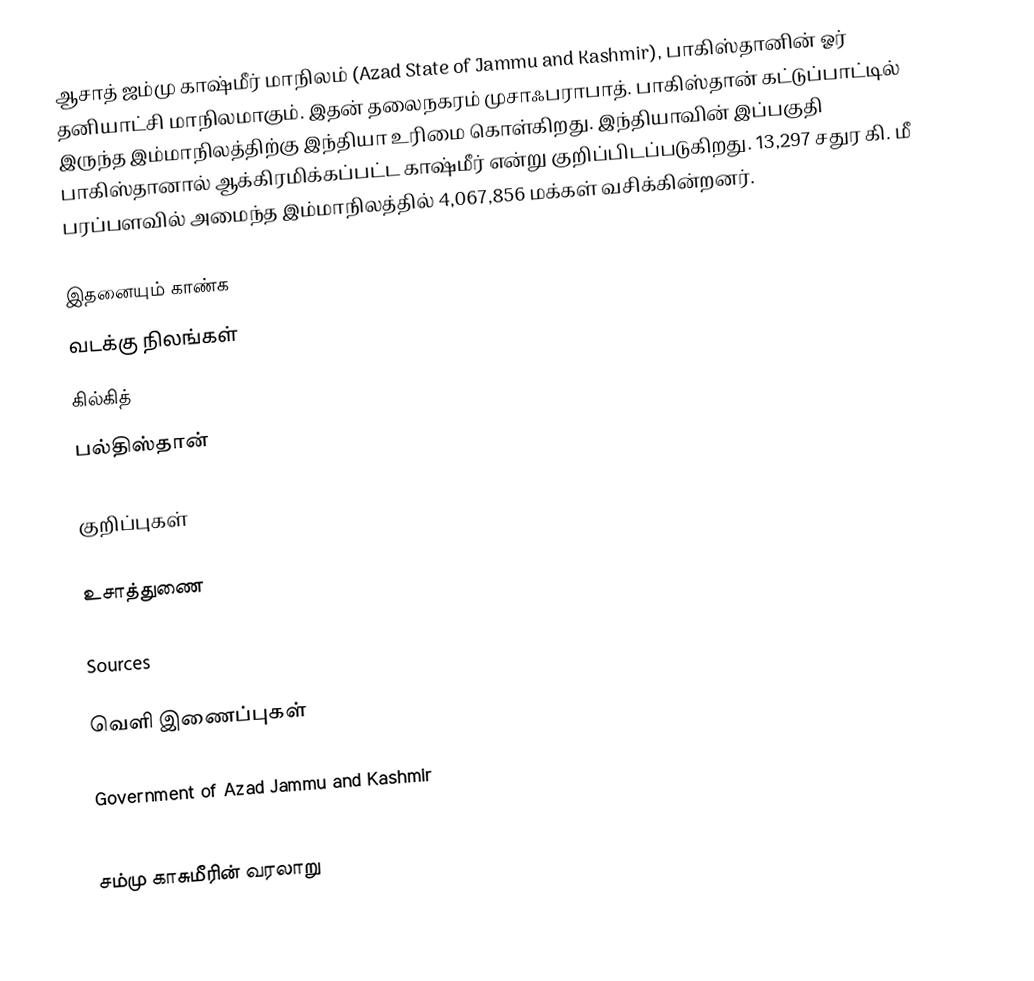
ஆசாத் ஜம்மு காஷ்மீர் மாநிலம் (Azad State of Jammu and Kashmir), பாகிஸ்தானின் ஓர் தனியாட்சி மாநிலமாகும். இதன் தலைநகரம் முசாஃபராபாத். பாகிஸ்தான் கட்டுப்பாட்டில் இருந்த இம்மாநிலத்திற்கு இந்தியா உரிமை கொள்கிறது. இந்தியாவின் இப்பகுதி பாகிஸ்தானால் ஆக்கிரமிக்கப்பட்ட காஷ்மீர் என்று குறிப்பிடப்படுகிறது. 13,297 சதுர கி. மீ பரப்பளவில் அமைந்த இம்மாநிலத்தில் 4,067,856 மக்கள் வசிக்கின்றனர்.

இதனையும் காண்க
 வடக்கு நிலங்கள்
 கில்கித்
 பல்திஸ்தான்

குறிப்புகள்

உசாத்துணை

 Sources

வெளி இணைப்புகள்

Government of Azad Jammu and Kashmir

சம்மு காசுமீரின் வரலாறு